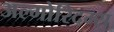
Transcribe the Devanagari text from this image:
अल्गोरिदम्स्